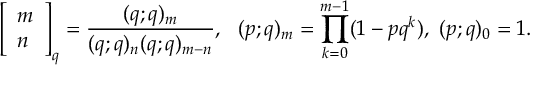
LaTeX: \left[ \begin{array} { l } { { m } } \\ { { n } } \end{array} \right] _ { q } = \frac { ( q ; q ) _ { m } } { ( q ; q ) _ { n } ( q ; q ) _ { m - n } } , ~ ~ ( p ; q ) _ { m } = \prod _ { k = 0 } ^ { m - 1 } ( 1 - p q ^ { k } ) , ~ ( p ; q ) _ { 0 } = 1 .